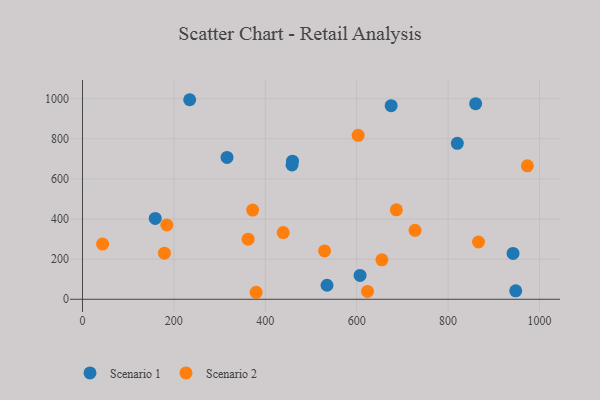
{"axis": {"x": "Investment", "y": "Profit"}, "legend": ["Scenario 1", "Scenario 2"], "data": [{"x": "459.6", "y": 688.2, "type": "Scenario 1"}, {"x": "234.6", "y": 994.7, "type": "Scenario 1"}, {"x": "860.3", "y": 974.9, "type": "Scenario 1"}, {"x": "942.1", "y": 228.7, "type": "Scenario 1"}, {"x": "316.3", "y": 707.1, "type": "Scenario 1"}, {"x": "607.4", "y": 119.0, "type": "Scenario 1"}, {"x": "820.2", "y": 777.3, "type": "Scenario 1"}, {"x": "948.0", "y": 42.1, "type": "Scenario 1"}, {"x": "159.2", "y": 402.8, "type": "Scenario 1"}, {"x": "535.1", "y": 70.0, "type": "Scenario 1"}, {"x": "458.5", "y": 669.6, "type": "Scenario 1"}, {"x": "675.4", "y": 965.1, "type": "Scenario 1"}, {"x": "603.3", "y": 817.2, "type": "Scenario 2"}, {"x": "623.7", "y": 39.3, "type": "Scenario 2"}, {"x": "380.0", "y": 34.9, "type": "Scenario 2"}, {"x": "655.2", "y": 196.8, "type": "Scenario 2"}, {"x": "362.5", "y": 299.4, "type": "Scenario 2"}, {"x": "372.4", "y": 444.5, "type": "Scenario 2"}, {"x": "973.5", "y": 665.3, "type": "Scenario 2"}, {"x": "686.8", "y": 446.1, "type": "Scenario 2"}, {"x": "727.7", "y": 343.6, "type": "Scenario 2"}, {"x": "529.7", "y": 240.8, "type": "Scenario 2"}, {"x": "184.6", "y": 370.2, "type": "Scenario 2"}, {"x": "44.1", "y": 275.2, "type": "Scenario 2"}, {"x": "866.6", "y": 285.5, "type": "Scenario 2"}, {"x": "439.2", "y": 332.6, "type": "Scenario 2"}, {"x": "179.3", "y": 229.8, "type": "Scenario 2"}]}